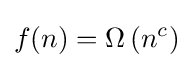
f(n)=\Omega \left(n^{c}\right)